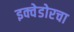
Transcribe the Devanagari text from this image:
इक्वेडोरचा